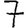
Digit: 7